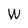
Character: W